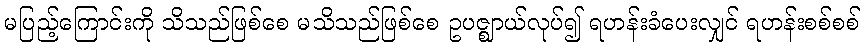
မပြည့်ကြောင်းကို သိသည်ဖြစ်စေ မသိသည်ဖြစ်စေ ဥပဇ္ဈာယ်လုပ်၍ ရဟန်းခံပေးလျှင် ရဟန်းစစ်စစ်